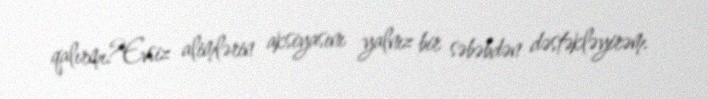
qalırmı?Evsiz alimlərin aksiyasını yalnız bir səbəbdən dəstəkləyirəm.